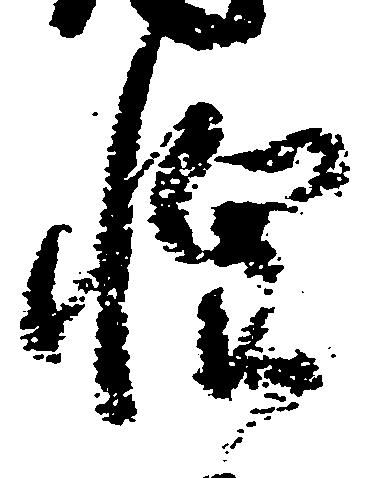
惶